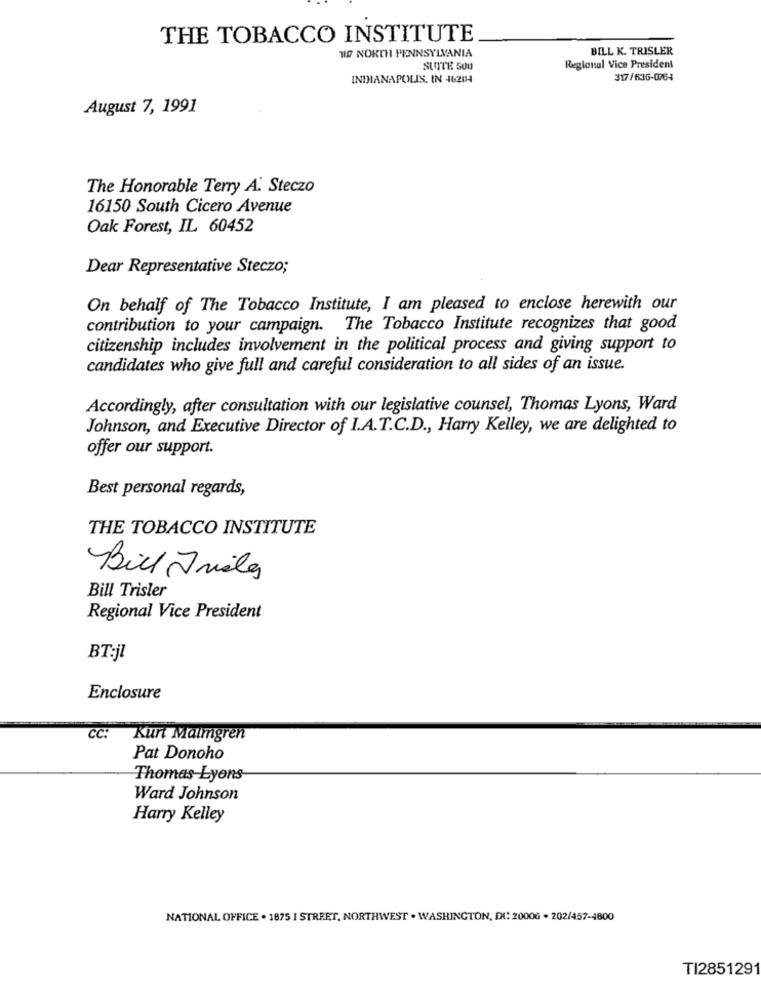
THE TOBACCO INSTITUTE
TO NORTH PENNSYLVANIA
BILL K. TRISLER
SUITE 500
Regional Vice President
INDIANAPOLIS. IN 46204
317/66-0764
August 7, 1991
The Honorable Terry A. Steczo
16150 South Cicero Avenue
Oak Forest, IL 60452
Dear Representative Steczo;
On behalf of The Tobacco Institute, I am pleased to enclose herewith our
contribution to your campaign. The Tobacco Institute recognizes that good
citizenship includes involvement in the political process and giving support to
candidates who give full and careful consideration to all sides of an issue.
Accordingly, after consultation with our legislative counsel, Thomas Lyons, Ward
Johnson, and Executive Director of I.A.T.C.D ., Harry Kelley, we are delighted to
offer our support.
Best personal regards,
THE TOBACCO INSTITUTE
Bill Frisles
Bill Trisler
Regional Vice President
BT:jl
Enclosure
CC:
Kurt Malmgren
Pat Donoho
Thomas-Lyons
Ward Johnson
Harry Kelley
NATIONAL OFFICE . 1875 I STREET, NORTHWEST . WASHINGTON, DC: 20006 . 202/457-4800
TI2851291